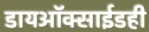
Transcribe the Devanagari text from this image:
डायऑक्साईडही